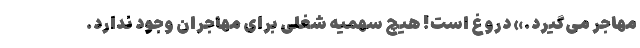
مهاجر می‌گیرد.» دروغ است! هیچ سهمیه شغلی برای مهاجران وجود ندارد.